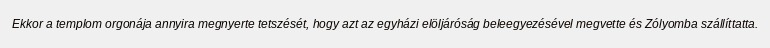
Ekkor a templom orgonája annyira megnyerte tetszését, hogy azt az egyházi elöljáróság beleegyezésével megvette és Zólyomba szállíttatta.